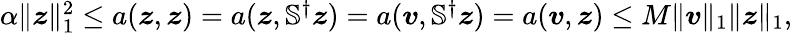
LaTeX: \begin{array}{r}{\alpha\| \boldsymbol{z}\| _{1}^{2}\leq a(\boldsymbol{z},\boldsymbol{z})=a(\boldsymbol{z},\mathbb{S}^{\dagger}\boldsymbol{z})=a(\boldsymbol{v},\mathbb{S}^{\dagger}\boldsymbol{z})=a(\boldsymbol{v},\boldsymbol{z})\leq M\| \boldsymbol{v}\| _{1}\| \boldsymbol{z}\| _{1},}\end{array}